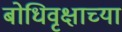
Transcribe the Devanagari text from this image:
बोधिवृक्षाच्या